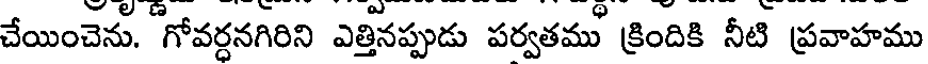
చేయించెను. గోవర్దనగిరిని ఎత్తినప్పుడు పర్వతము క్రిందికి నీటి ప్రవాహము